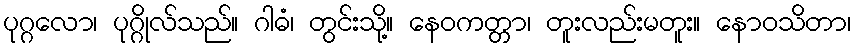
ပုဂ္ဂလော၊ ပုဂ္ဂိုလ်သည်။ ဂါဓံ၊ တွင်းသို့။ နေဝကတ္တာ၊ တူးလည်းမတူး။ နောဝသိတာ၊